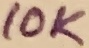
Text: 10K